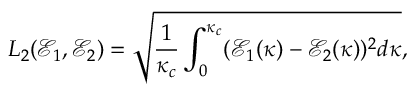
L _ { 2 } ( \mathcal { E } _ { 1 } , \mathcal { E } _ { 2 } ) = \sqrt { \frac { 1 } { \kappa _ { c } } \int _ { 0 } ^ { \kappa _ { c } } ( \mathcal { E } _ { 1 } ( \kappa ) - \mathcal { E } _ { 2 } ( \kappa ) ) ^ { 2 } d \kappa } ,